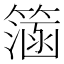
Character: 𥲌